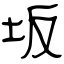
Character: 坂